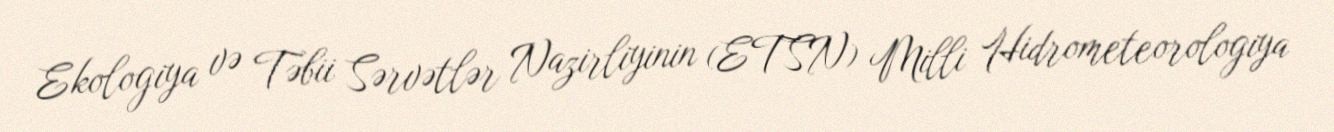
Ekologiya və Təbii Sərvətlər Nazirliyinin (ETSN) Milli Hidrometeorologiya